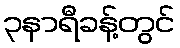
၃နာရီခန့်တွင်